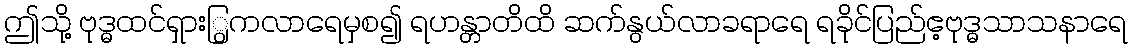
ဤသို့ ဗုဒ္ဓထင်ရှားြွကလာရေမှစ၍ ရဟန္တာတိထိ ဆက်နွယ်လာခရာရေ ရခိုင်ပြည်ဧ့ဗုဒ္ဓသာသနာရေ